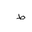
Letter: _da